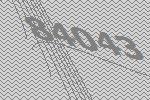
84043